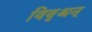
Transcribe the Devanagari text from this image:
विवृश्चन्